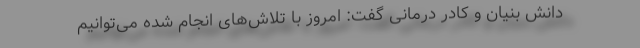
دانش بنیان و کادر درمانی گفت: امروز با تلاش‌های انجام شده می‌توانیم